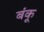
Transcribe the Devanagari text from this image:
बंकू